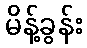
မိန့်ခွန်း